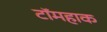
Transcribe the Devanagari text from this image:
टॉमहाक